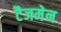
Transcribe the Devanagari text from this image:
टैजमेन